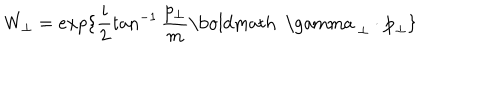
W _ { \perp } = e x p \{ \frac { i } { 2 } \tan ^ { - 1 } \frac { p _ { \perp } } { m } \mathrm { \boldmath ~ \ g a m m a ~ } _ { \perp } \cdot { \bf p } _ { \perp } \}